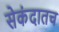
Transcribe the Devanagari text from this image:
सेकंदातच